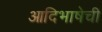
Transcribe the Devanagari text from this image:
आदिभाषेची